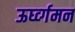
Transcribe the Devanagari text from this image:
ऊर्घ्व्गमन